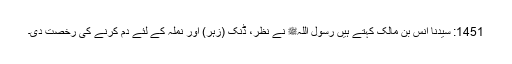
1451: سیدنا انس بن مالکؓ کہتے ہیں رسول اللہﷺ نے نظر، ڈنک (زہر) اور نملہ کے لئے دم کرنے کی رخصت دی۔